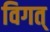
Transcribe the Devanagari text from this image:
विगत्